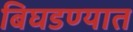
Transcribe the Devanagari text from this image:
बिघडण्यात